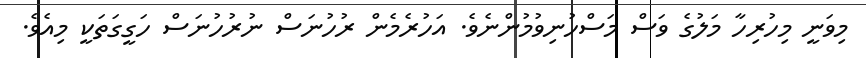
މިވަނީ މިހުރިހާ މަލުގެ ވަސް މަސްހުނިވުމުންނެވެ. އަހުރެމެން ރުހުނަސް ނުރުހުނަސް ހަގީގަތަކީ މިއެވެ.